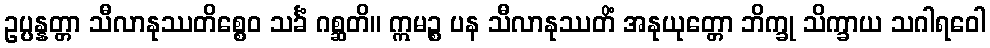
ဥပ္ပန္နတ္တာ သီလာနုဿတိစ္စေဝ သင်္ခံ ဂစ္ဆတိ။ ဣမဉ္စ ပန သီလာနုဿတိံ အနုယုတ္တော ဘိက္ခု သိက္ခာယ သဂါရဝေါ